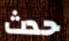
حدث